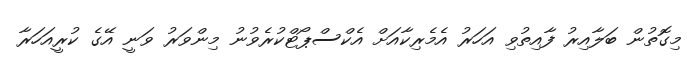
މިގޮތުން ބަލާއިރު ފާއިތުވި އަހަރު އެމެރިކާއަށް އެކްސްޕޯޓްކުރެވުނު މިންވަރު ވަނީ އޭގެ ކުރީއަހަރާ